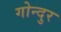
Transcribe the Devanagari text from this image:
गोन्दुर